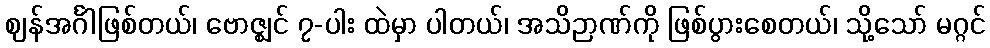
ဈန်အင်္ဂါဖြစ်တယ်၊ ဗောဇ္ဈင် ၇-ပါး ထဲမှာ ပါတယ်၊ အသိဉာဏ်ကို ဖြစ်ပွားစေတယ်၊ သို့သော် မဂ္ဂင်